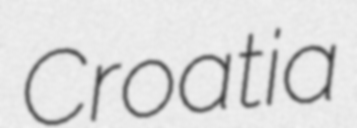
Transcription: Croatia